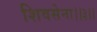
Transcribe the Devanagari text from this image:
शिवसेना।।३।।